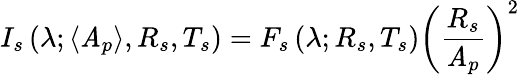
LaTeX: I_{s}\left(\lambda;\langle\mathit{A}_{p}\rangle,R_{s},T_{s}\right)=F_{s}\left(\lambda;R_{s},T_{s}\right)\left(\frac{{R_{s}}}{{\mathit{A}_{p}}}\right)^{2}